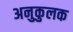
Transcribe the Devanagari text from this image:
अनुकुलक